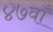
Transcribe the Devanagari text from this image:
४७वाँ